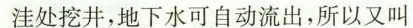
洼处挖井，地下水可自动流出，所以又叫